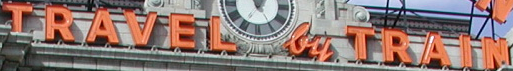
TRAVEL TRAIN